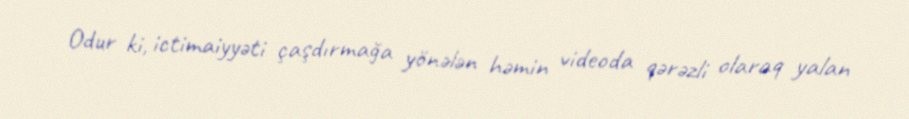
Odur ki, ictimaiyyəti çaşdırmağa yönələn həmin videoda qərəzli olaraq yalan